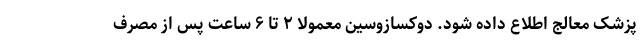
پزشک معالج اطلاع داده شود. دوکسازوسین معمولاً ۲ تا ۶ ساعت پس از مصرف